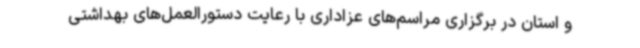
و استان در برگزاری مراسم‌های عزاداری با رعایت دستورالعمل‌های بهداشتی